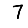
Digit: 7